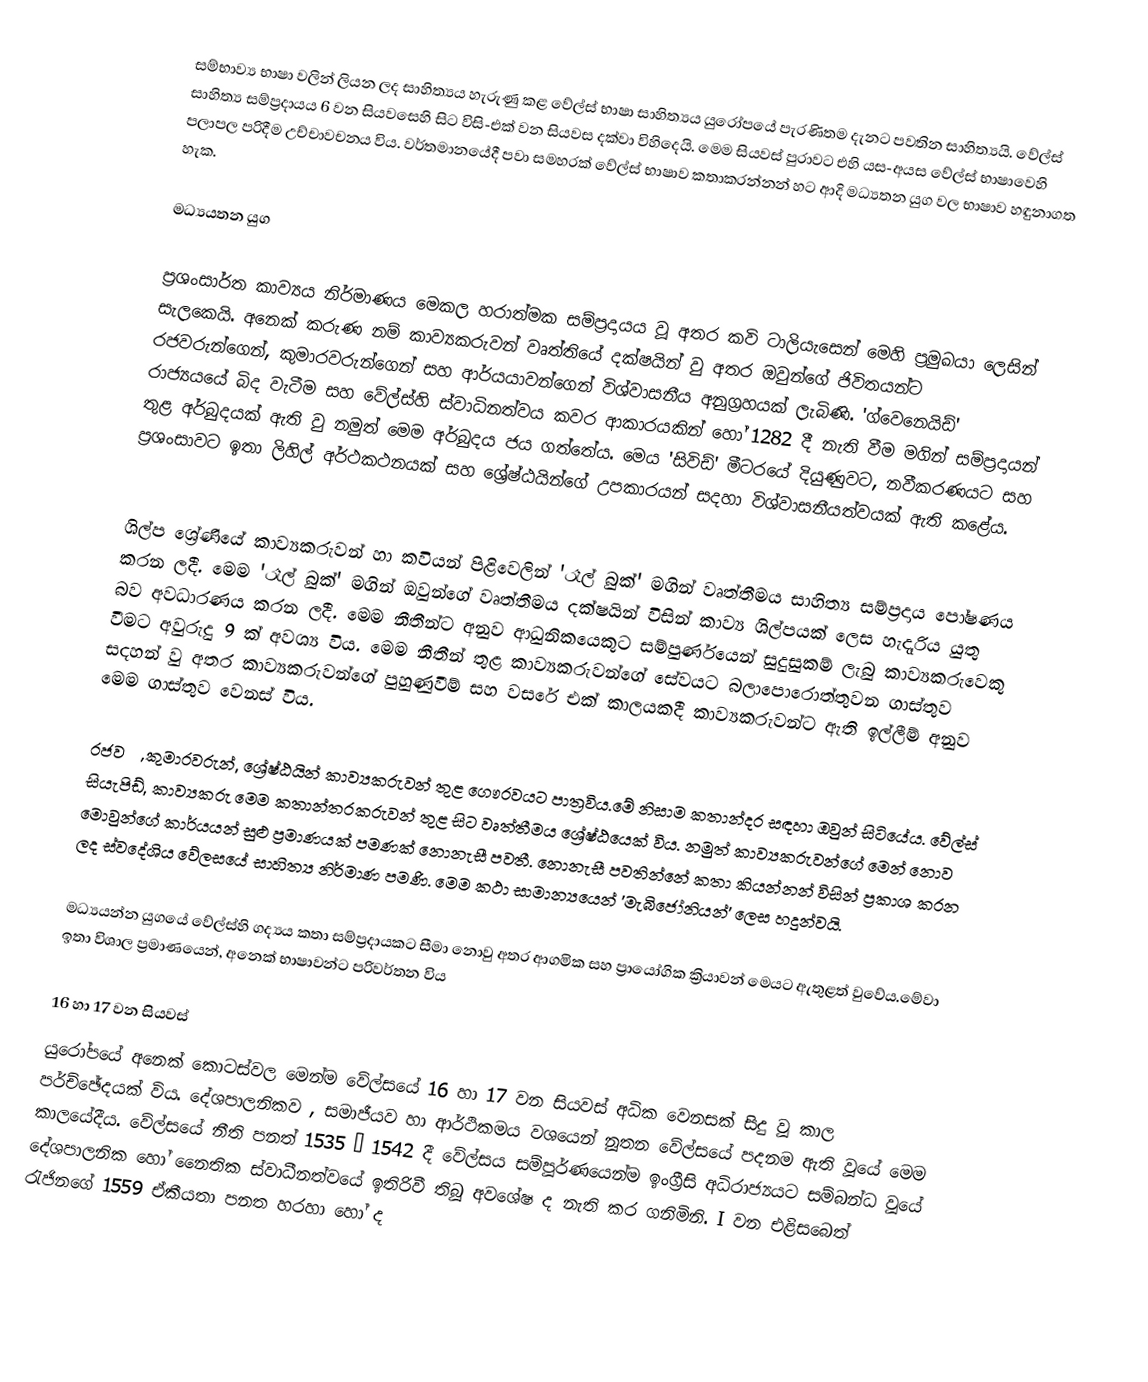
සම්භාව්‍ය භාෂා වලින් ලියන ලද සාහිත්‍යය හැරුණු කළ  වේල්ස් භාෂා සාහිත්‍යය යුරෝපයේ පැරණිතම දැනට පවතින සාහිත්‍යයි. වේල්ස් සාහිත්‍ය සම්ප්‍රදායය 6 වන සියවසෙහි සිට විසි-එක් වන සියවස දක්වා විහිදෙයි.  මෙම සියවස් පුරාවට එහි යස-අයස වේල්ස් භාෂාවෙහි පලාපල පරිදීම උච්චාවචනය විය.  වර්තමානයේදී පවා සමහරක් වේල්ස් භාෂාව කතාකරන්නන් හට ආදි මධ්‍යතන යුග වල භාෂාව හඳුනාගත හැක.

මධ්‍යයතන යුග

ප්‍රශංසාර්ත කාව්‍යය නිර්මාණය මෙකල හරාත්මක සම්ප්‍රදායය වූ අතර කවි ටාලියැසෙන් මෙහි ප්‍රමුඛයා ලෙසින් සැලකෙයි.  අනෙක් කරුණ නම් කාව්‍යකරුවන් වෘත්තියේ දක්ෂයින් වු අතර ඔවුන්ගේ ජිවිතයන්ට ‍රජවරුන්ගෙන්, කුමාරවරුන්ගෙන් සහ ආර්යයාවන්ගෙන් විශ්වාසනීය අනුග්‍රහයක් ලැබිණි. 'ග්වෙනෙයිඩ්' රාජ්‍යයයේ බිද වැටීම සහ වේල්ස්හි ස්වාධිනත්වය කවර ආකාරයකින් හෝ 1282 දී නැති වීම මගින් සම්ප්‍රදායන් තුළ අර්බුදයක් ඇති වු නමුත් මෙම අර්බුදය ජය ගත්තේය. මෙය 'සිවිඩ්' මීටරයේ දියුණුවට, නවීකරණයට සහ ප්‍රශංසාවට ඉතා ලිහිල් අර්ථකථනයක් සහ ශ්‍රේෂ්ඨයින්ගේ උපකාරයන් සදහා විශ්වාසනීයත්වයක් ඇති කළේය.

ශිල්ප ශ්‍රේණියේ කාව්‍යකරුවන් හා කවියන් පිළිවෙලින්  'රෑල් බුක්' මගින් වෘත්තීමය සාහිත්‍ය සම්ප්‍රදාය පෝෂණය කරන ලදී. මෙම 'රෑල් බුක්' මගින් ඔවුන්ගේ වෘත්තීමය දක්ෂයින් විසින් කාව්‍ය ශිල්පයක් ලෙස හැදෑරිය යුතු බව අවධාරණය කරන ලදී. මෙම නීතීන්ට අනුව ආධුනිකයෙකුට සම්පුර්ණයෙන් සුදුසුකම් ලැබු කාව්‍යකරුවෙකු වීමට අවුරුදු 9 ක් අවශ්‍ය විය. මෙම නීතීන් තුළ කාව්‍යකරුවන්ගේ සේවයට බලාපොරොත්තුවන ගාස්තුව සදහන් වු අතර කාව්‍යකරුවන්ගේ පුහුණුවීම් සහ වසරේ එක් කාලයකදී කාව්‍යකරුවන්ට ඇති ඉල්ලීම් අනුව මෙම ගාස්තුව වෙනස් විය.

රජවරු, කුමාරවරුන්, ශ්‍රේෂ්ඨයින් කාව්‍යකරුවන් තුළ ගෞරවයට පාත්‍රවිය.මේ නිසාම කතාන්දර සඳහා ඔවුන් සිටියේය. වේල්ස් සියැපිඩ්, කාව්‍යකරු මෙම කතාන්තරකරුවන් තුළ  සිට වෘත්තීමය ශ්‍රේෂ්ඨයෙක් විය. නමුත් කාව්‍යකරුවන්ගේ මෙන් නොව මොවුන්ගේ කාර්යයන් සුළු ප්‍රමාණයක් පමණක් නොනැසී පවතී. නොනැසී පවතින්නේ කතා කියන්නන් විසින් ප්‍රකාශ කරන ලද ස්වදේශිය වේලසයේ සාහිත්‍ය නිර්මාණ පමණි. මෙම කථා සාමාන්‍යයෙන් 'මැබිජෝනියන්' ලෙස හදුන්වයි.

මධ්‍යයන්න යුගයේ වේල්ස්හි ගද්‍යය කතා සම්ප්‍රදායකට සීමා නොවු අතර ආගමික සහ ‍ප්‍රායෝගික ක්‍රියාවන් මෙයට ඇතුළත් වුවේය.මේවා ඉතා විශාල ප්‍රමාණයෙන්, අනෙක් භාෂාවන්ට පරිවර්තන විය

16 හා 17 වන සියවස්
යුරෝපයේ අනෙක් කොටස්වල මෙන්ම වේල්සයේ 16 හා 17 වන සියවස් අධික වෙනසක් සිදු වූ කාල පර්ච්ඡේදයක් විය. දේශපාලනිකව , සමාජීයව හා ආර්ථිකමය වශයෙන් නූතන වේල්සයේ පදනම ඇති වූයේ මෙම කාලයේදීය. වේල්සයේ නීති පනත් 1535 – 1542 දී වේල්සය සම්පූර්ණයෙන්ම ඉංග්‍රීසි අධිරාජ්‍යයට සම්බන්ධ වූයේ දේශපාලනික හෝ නෛතික ස්වාධීනත්වයේ ඉතිරිවී තිබූ අවශේෂ ද නැති කර ගනිමිනි. I වන එළිසබෙත් රැජිනගේ 1559  ඒකීයතා පනත හරහා හෝ ද